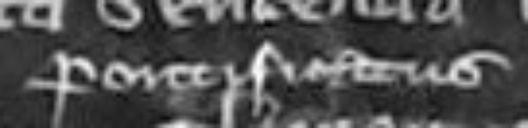
Pontificatus